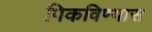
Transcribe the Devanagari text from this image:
पिकविण्यास